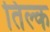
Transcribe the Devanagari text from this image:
तिल्क